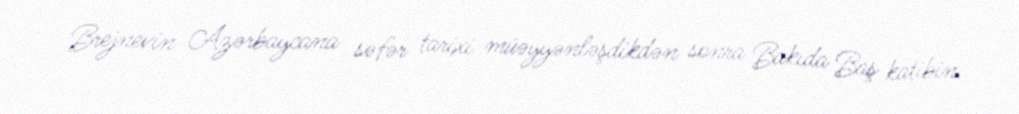
Brejnevin Azərbaycana səfər tarixi müəyyənləşdikdən sonra Bakıda Baş katibin